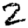
Digit: 2